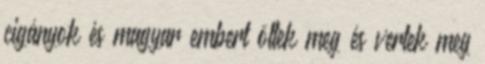
cigányok és magyar embert öltek meg és vertek meg